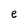
Character: e